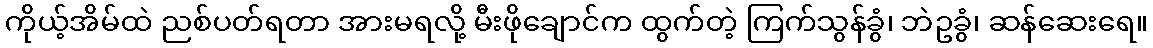
ကိုယ့်အိမ်ထဲ ညစ်ပတ်ရတာ အားမရလို့ မီးဖိုချောင်က ထွက်တဲ့ ကြက်သွန်ခွံ၊ ဘဲဥခွံ၊ ဆန်ဆေးရေ။